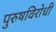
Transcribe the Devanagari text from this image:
पुरुषविरोधी